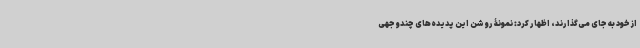
از خود به جای می‌گذارند، اظهار کرد: نمونۀ روشن این پدیده‌های چندوجهی